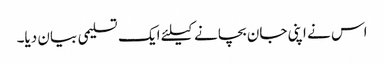
اس نے اپنی جان بچانے کیلئے ایک تسلیمی بیان دیا۔